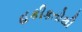
હકીકતોથી